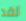
لقد